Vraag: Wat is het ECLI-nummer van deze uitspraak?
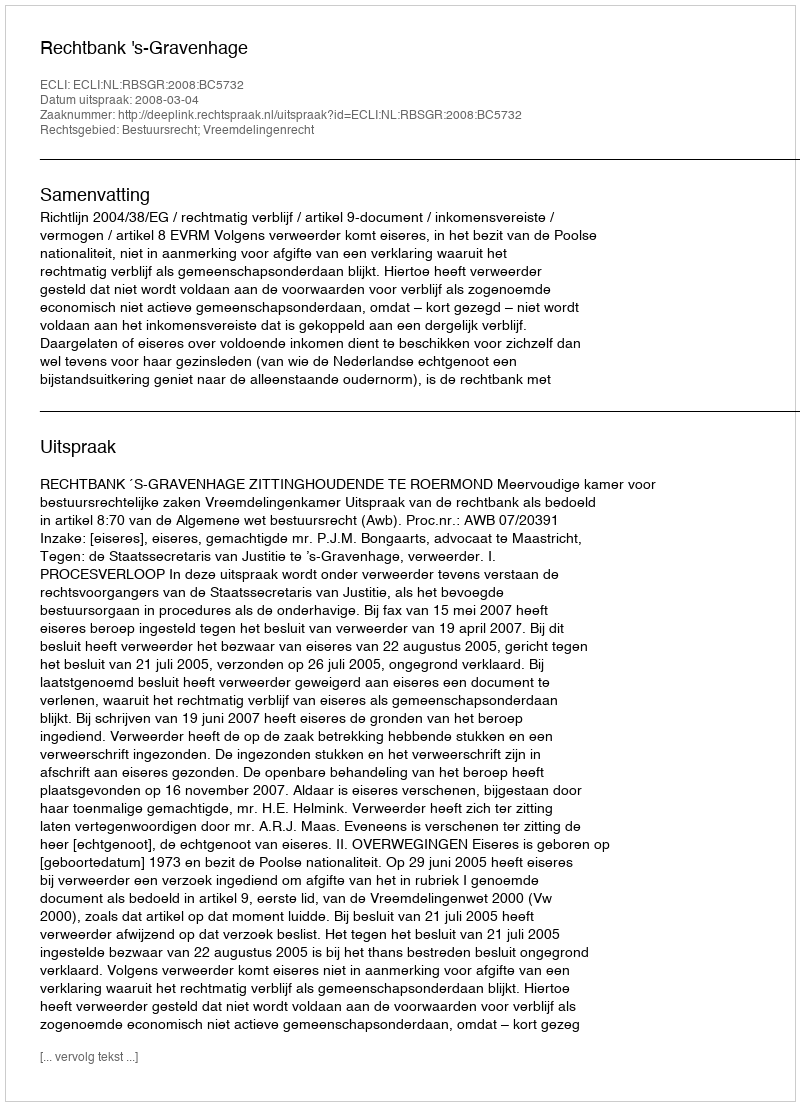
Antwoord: ECLI:NL:RBSGR:2008:BC5732